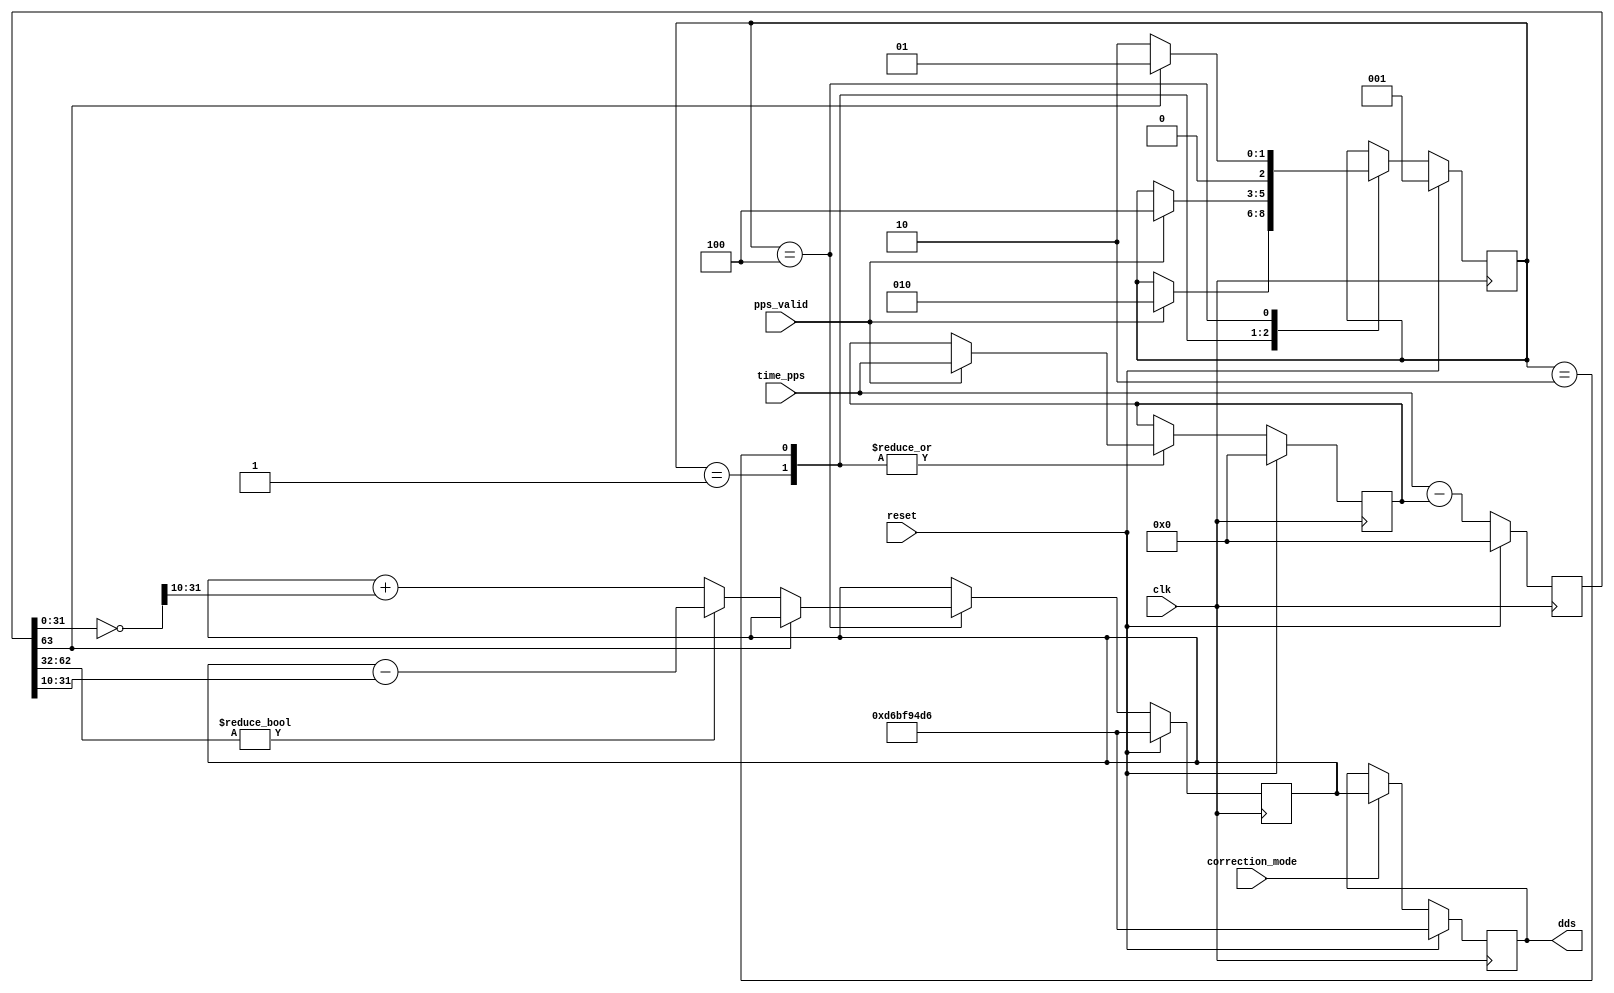
/*******************************************************************************
 *
 *  NetFPGA-10G http://www.netfpga.org
 *
 *  File:
 *        correction.v
 *
 *  Library:
 *        hw/osnt/pcores/osnt_timestamp_v1_00_a
 *
 *  Module:
 *        correction
 *
 *  Author:
 *        Gianni Antichi
 *
 *  Description:
 *        Timestamp Correction Module.
 *
 *  Copyright notice:
 *        Copyright (C) 2010, 2011 The Board of Trustees of The Leland Stanford
 *                                 Junior University
 *
 *  Licence:
 *        This file is part of the NetFPGA 10G development base package.
 *
 *        This file is free code: you can redistribute it and/or modify it under
 *        the terms of the GNU Lesser General Public License version 2.1 as
 *        published by the Free Software Foundation.
 *
 *        This package is distributed in the hope that it will be useful, but
 *        WITHOUT ANY WARRANTY; without even the implied warranty of
 *        MERCHANTABILITY or FITNESS FOR A PARTICULAR PURPOSE.  See the GNU
 *        Lesser General Public License for more details.
 *
 *        You should have received a copy of the GNU Lesser General Public
 *        License along with the NetFPGA source package.  If not, see
 *        http://www.gnu.org/licenses/.
 *
 */

  
module correction
	#(parameter TIMESTAMP_WIDTH = 64,
	  parameter DDS_WIDTH = 32)
   	(
    	// input
    		input [TIMESTAMP_WIDTH-1:0]     time_pps,
    		input                           pps_valid,
		input				correction_mode,

    	// output
    		output reg [DDS_WIDTH-1:0]	dds,

    	// misc
    		input                           reset,
    		input                           clk
    	);
          
  
	localparam NUM_STATES	      = 3;
     	localparam WAIT_FIRST_PPS     = 1;
     	localparam WAIT_PPS           = 2;
     	localparam UPDATE_DDS 	      = 4;
	localparam CORRECTION_WEIGHT  = 10;
	localparam DDS_RATE_DEFAULT   = 32'hd6bf94d6; 


	reg [NUM_STATES-1:0]     state,state_next;
	reg [TIMESTAMP_WIDTH-1:0]time_prev_pps,time_prev_pps_next;
     	reg [DDS_WIDTH-1:0]      dds_rate,dds_rate_next;
     	reg [TIMESTAMP_WIDTH-1:0]error_signed,error_signed_next;
 
    

    	always @(*) begin
     		state_next = state;
     		dds_rate_next = dds_rate;
     		time_prev_pps_next = time_prev_pps;
    		error_signed_next = time_pps - time_prev_pps;  

		case(state)
        	WAIT_FIRST_PPS: begin
        		if(pps_valid) begin
                		time_prev_pps_next  = time_pps;
				state_next = WAIT_PPS;
           		end
        	end

		WAIT_PPS: begin
        		if(pps_valid) begin
				time_prev_pps_next = time_pps;
                		state_next = UPDATE_DDS;
			end
        	end

        	UPDATE_DDS: begin
			if(error_signed[TIMESTAMP_WIDTH-1])
				state_next = WAIT_FIRST_PPS;
			else begin
				state_next = WAIT_PPS;
        			if(error_signed[TIMESTAMP_WIDTH-2:32])
               				dds_rate_next = dds_rate - (error_signed[31:0]>>CORRECTION_WEIGHT);
	    			else
               				dds_rate_next = dds_rate + ((~error_signed[31:0])>>CORRECTION_WEIGHT);
			end
         	end
       		endcase
	end


   	always @(posedge clk) begin
        	if(reset) begin
	     		dds_rate    	<= DDS_RATE_DEFAULT;
			dds		<= DDS_RATE_DEFAULT;
             		error_signed	<= 0;
             		time_prev_pps	<= 0;
             		state       	<= WAIT_FIRST_PPS;
        	end
		else begin
             		error_signed	<= error_signed_next;
             		time_prev_pps 	<= time_prev_pps_next;
			state		<= state_next;
			dds_rate	<= dds_rate_next;
			if(correction_mode)
				dds	<= dds_rate;
        	end
   	end

endmodule // correction